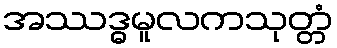
အဿဒ္ဓမူလကသုတ္တံ